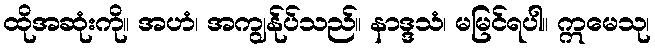
ထိုအဆုံးကို။ အဟံ၊ အကျွန်ုပ်သည်။ နာဒ္ဒသံ၊ မမြင်ရပါ။ ဣမေသု၊